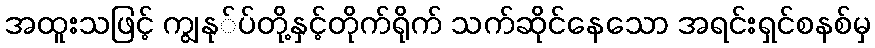
အထူးသဖြင့် ကျွနု်ပ်တို့နှင့်တိုက်ရိုက် သက်ဆိုင်နေသော အရင်းရှင်စနစ်မှ